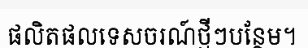
ផលិតផលទេសចរណ៍ថ្មីៗបន្ថែម។